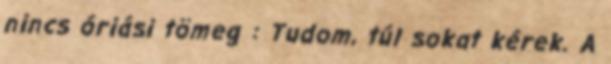
nincs óriási tömeg : Tudom, túl sokat kérek. A